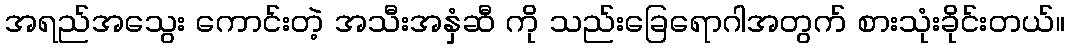
အရည်အသွေး ကောင်းတဲ့ အသီးအနှံဆီ ကို သည်းခြေရောဂါအတွက် စားသုံးခိုင်းတယ်။